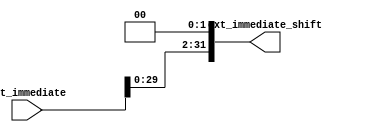
`timescale 1ns / 1ps
//////////////////////////////////////////////////////////////////////////////////
// Company: 
// Engineer: 
// 
// Design Name: 
// Module Name: addr_shift
// Project Name: 
// Target Devices: 
// Tool Versions: 
// Description: 
// 
// Dependencies: 
// 
// Revision:
// Revision 0.01 - File Created
// Additional Comments:
// 
//////////////////////////////////////////////////////////////////////////////////


module addr_shift(
    input [31:0] ext_immediate,
    output [31:0] ext_immediate_shift
    );
    
    assign ext_immediate_shift = ext_immediate << 2;
endmodule